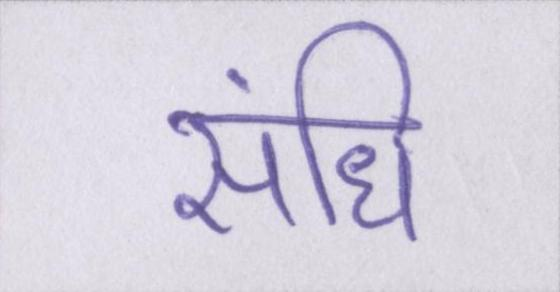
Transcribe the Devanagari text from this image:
संधि